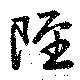
陘